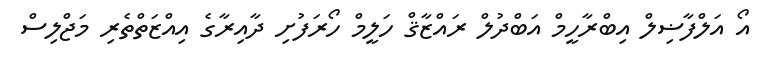
އޯ އަލްފާޟިލް އިބްރާހީމް އަބްދުލް ރައްޒާޤް ހަލީމް ހޯރަފުށި ދާއިރާގެ އިއްޒަތްތެރި މަޖްލިސް